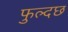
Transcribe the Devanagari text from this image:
फुल्दछ